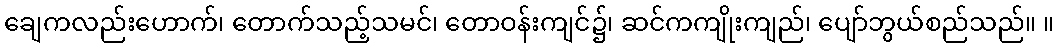
ချေကလည်းဟောက်၊ တောက်သည့်သမင်၊ တောဝန်းကျင်၌၊ ဆင်ကကျိုးကျည်၊ ပျော်ဘွယ်စည်သည်။ ။